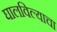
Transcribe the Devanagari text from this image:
घालविल्याचा